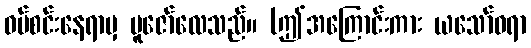
ဝပ်စင်းနေရာမှ ပူဇော်လေသည်။ (ဤအကြောင်းကား ယသော်ဓရာ